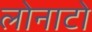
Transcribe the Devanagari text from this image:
लोनाटो